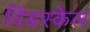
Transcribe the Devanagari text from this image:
विंडस्केल